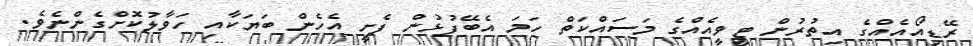
ރޭޑިއޯއެއްގެ އިތުރުން ޓީވީއެއްގެ މަސައްކަތް ހަމަ އެބޭފުޅުން ފެށީ އެހެން ބަޔަކާއި ހަވާލުކޮށްގެންނެވެ.